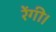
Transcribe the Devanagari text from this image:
रेंगी।